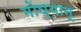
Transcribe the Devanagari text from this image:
मोघ्यानू